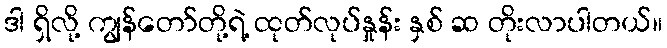
ဒါ ရှိလို့ ကျွန်တော်တို့ရဲ့ ထုတ်လုပ်နှုန်း နှစ် ဆ တိုးလာပါတယ်။